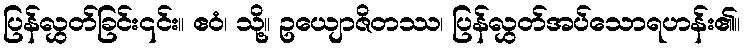
ပြန်လွှတ်ခြင်း၎င်း။ ဧဝံ၊ သို့။ ဥယျောဇိတဿ၊ ပြန်လွှတ်အပ်သောရဟန်း၏။